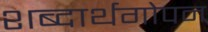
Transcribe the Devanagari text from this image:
शब्दार्थगोपन